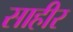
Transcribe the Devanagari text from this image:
साहीर